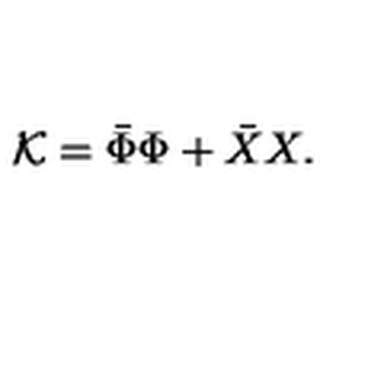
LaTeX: { \cal K } = \bar { \Phi } \Phi + \bar { X } X .